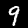
Digit: 9